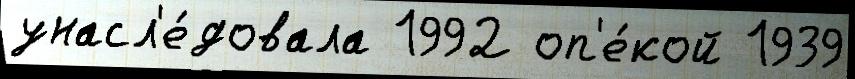
унасл'е́довала 1992 оп'е́кой 1939